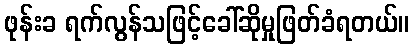
ဖုန်းခ ရက်လွန်သဖြင့်ခေါ်ဆိုမှုဖြတ်ခံရတယ်။